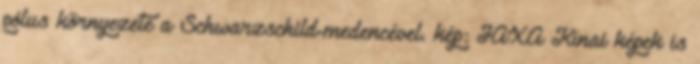
pólus környezete a Schwarzschild-medencével. kép: JAXA Kínai képek is